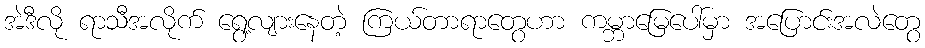
အဲဒီလို ရာသီအလိုက် ရွေ့လျားနေတဲ့ ကြယ်တာရာတွေဟာ ကမ္ဘာမြေပေါ်မှာ အပြောင်းအလဲတွေ